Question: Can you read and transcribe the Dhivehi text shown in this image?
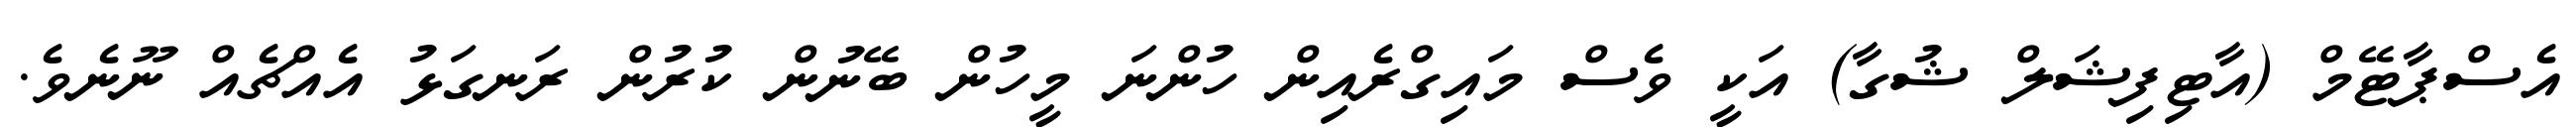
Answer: އެސްޕާޓޭމް (އާޓިފިޝަލް ޝުގާ) އަކީ ވެސް މައިގްރެއިން ހުންނަ މީހުން ބޭނުން ކުރުން ރަނގަޅު އެއްޗެއް ނޫނެވެ.